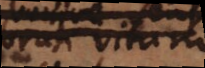
bruti vitam